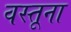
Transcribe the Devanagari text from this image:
वस्तूना